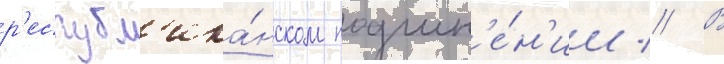
р'еспубл'ика́нском подчин'е́н'ии // В